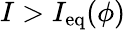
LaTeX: I>I_{\mathrm{eq}}(\phi)